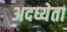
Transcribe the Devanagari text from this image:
अदध्येता